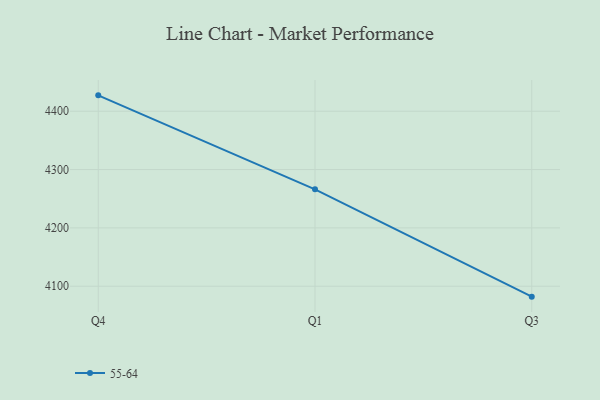
{"axis": {"x": "Quarter", "y": "Inventory Turnover"}, "legend": ["55-64"], "data": [{"x": "Q4", "y": 4427.2, "type": "55-64"}, {"x": "Q1", "y": 4266.1, "type": "55-64"}, {"x": "Q3", "y": 4082.1, "type": "55-64"}]}